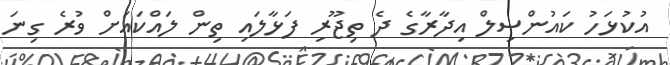
އުކުޅަހު ކައުންސިލް އިދާރާގެ ދެ ތިޖޫރި ފަޅާލައި ތިން ލައްކައަށް ވުރެ ގިނަ